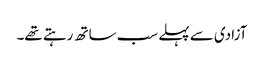
آزادی سے پہلے سب ساتھ رہتے تھے۔